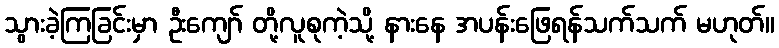
သွားခဲ့ကြခြင်းမှာ ဦးကျော် တို့လူစုကဲ့သို့ နားနေ အပန်းဖြေရန်သက်သက် မဟုတ်။